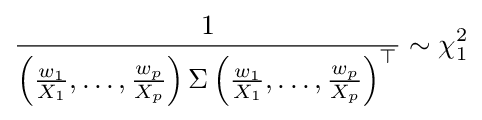
{\frac {1}{\left({\frac {w_{1}}{X_{1}}},\ldots ,{\frac {w_{p}}{X_{p}}}\right)\Sigma \left({\frac {w_{1}}{X_{1}}},\ldots ,{\frac {w_{p}}{X_{p}}}\right)^{\top }}}\sim \chi _{1}^{2}